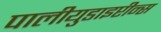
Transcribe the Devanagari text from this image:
पालीयुडाइप्टीन्स